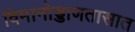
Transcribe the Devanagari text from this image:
विमानोड्डाणतासात